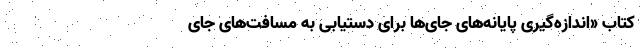
کتاب «اندازه‌گیری پایانه‌های جای‌ها برای دستیابی به مسافت‌های جای